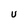
Character: U